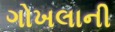
ગોખલાની